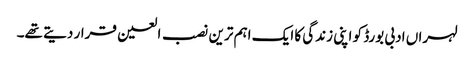
لہراں ادبی بورڈ کو اپنی زندگی کا ایک اہم ترین نصب العین قرار دیتے تھے۔